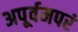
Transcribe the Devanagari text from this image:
अपूर्वमपरं